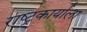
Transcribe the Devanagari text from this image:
राष्ट्र्कार्याला